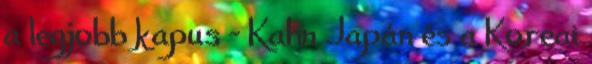
a legjobb kapus - Kahn Japán és a Koreai